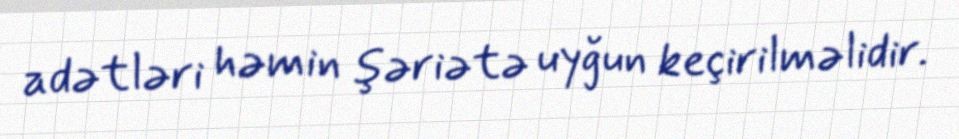
adətləri həmin şəriətə uyğun keçirilməlidir.